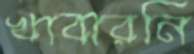
খাবারনি